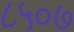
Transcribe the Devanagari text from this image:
८५०७